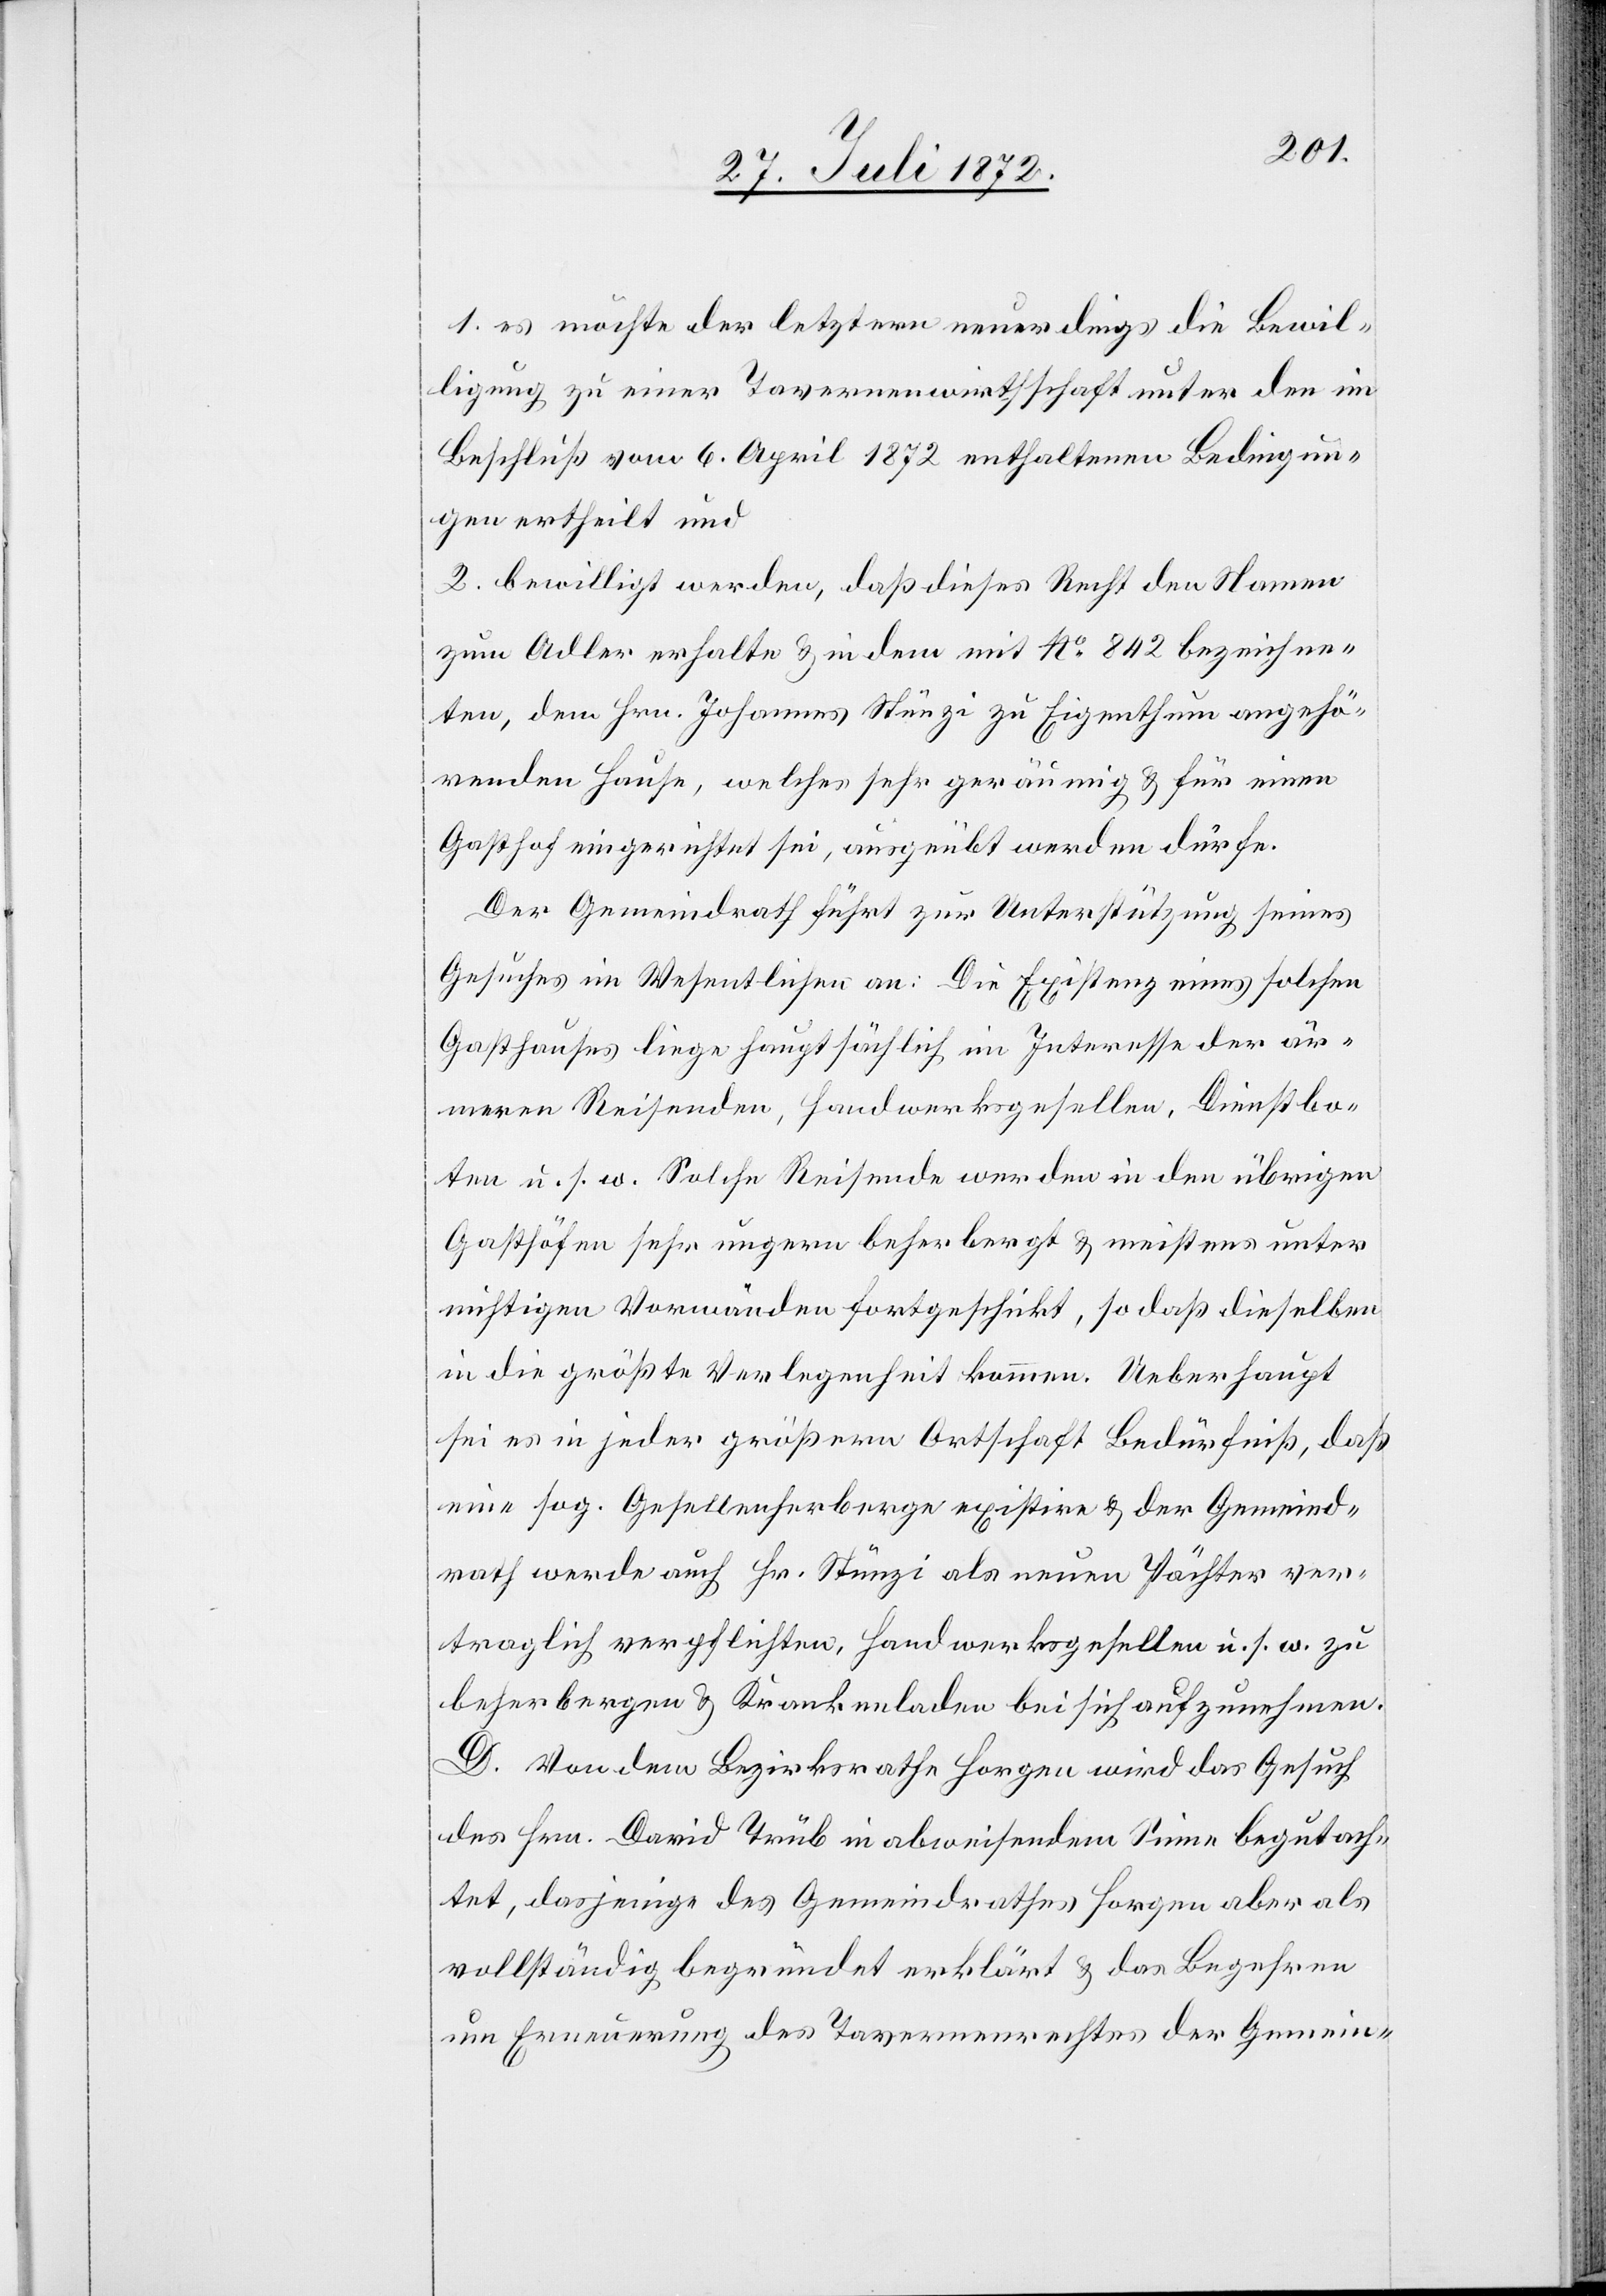
1. es möchte der letztern neuerdings die Bewil¬
ligung zu einer Tavernenwirthschaft unter den im
Beschluß vom 6. April 1872 enthaltenen Bedingun¬
gen ertheilt und
2. bewilligt werden, daß dieses Recht den Namen
zum Adler erhalte u. in dem mit No 842 bezeichne¬
ten, dem Hrn. Johannes Stünzi zu Eigenthum angehö¬
renden Hause, welches sehr geräumig u. für einen
Gasthof eingerichtet sei, ausgeübt werden dürfe.
Der Gemeindrath führt zur Unterstützung seines
Gesuches im Wesentlichen an: Die Existenz eines solchen
Gasthauses liege hauptsächlich im Interesse der är¬
meren Reisenden, Handwerksgesellen, Dienstbo¬
ten u. s. w. Solche Reisende werden in den übrigen
Gasthöfen sehr ungern beherbergt u. meistens unter
nichtigen Vorwänden fortgeschickt, so daß dieselben
in die größte Verlegenheit kommen. Ueberhaupt
sei es in jeder größern Ortschaft Bedürfniß, daß
eine sog. Gesellenherberge existire u. der Gemeind¬
rath werde auch Hr. Stünzi als neuen Pächter ver¬
traglich verpflichten, Handwerksgesellen u. s. w. zu
beherbergen u. Krankenladen bei sich aufzunehmen.
D. Von dem Bezirksrathe Horgen wird das Gesuch
des Hrn. David Trüb in abweisendem Sinne begutach¬
tet, dasjenige des Gemeindrathes Horgen aber als
vollständig begründet erklärt u. das Begehren
um Erneuerung des Tavernenrechtes der Gemein-